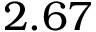
2 . 6 7